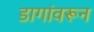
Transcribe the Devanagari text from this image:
डागांवरून